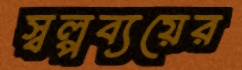
স্বল্পব্যয়ের